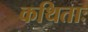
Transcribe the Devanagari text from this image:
कथिताः